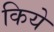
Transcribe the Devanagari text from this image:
किये